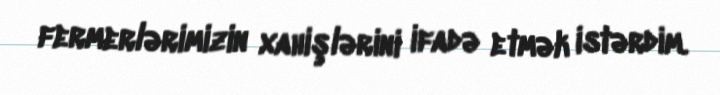
fermerlərimizin xahişlərini ifadə etmək istərdim.